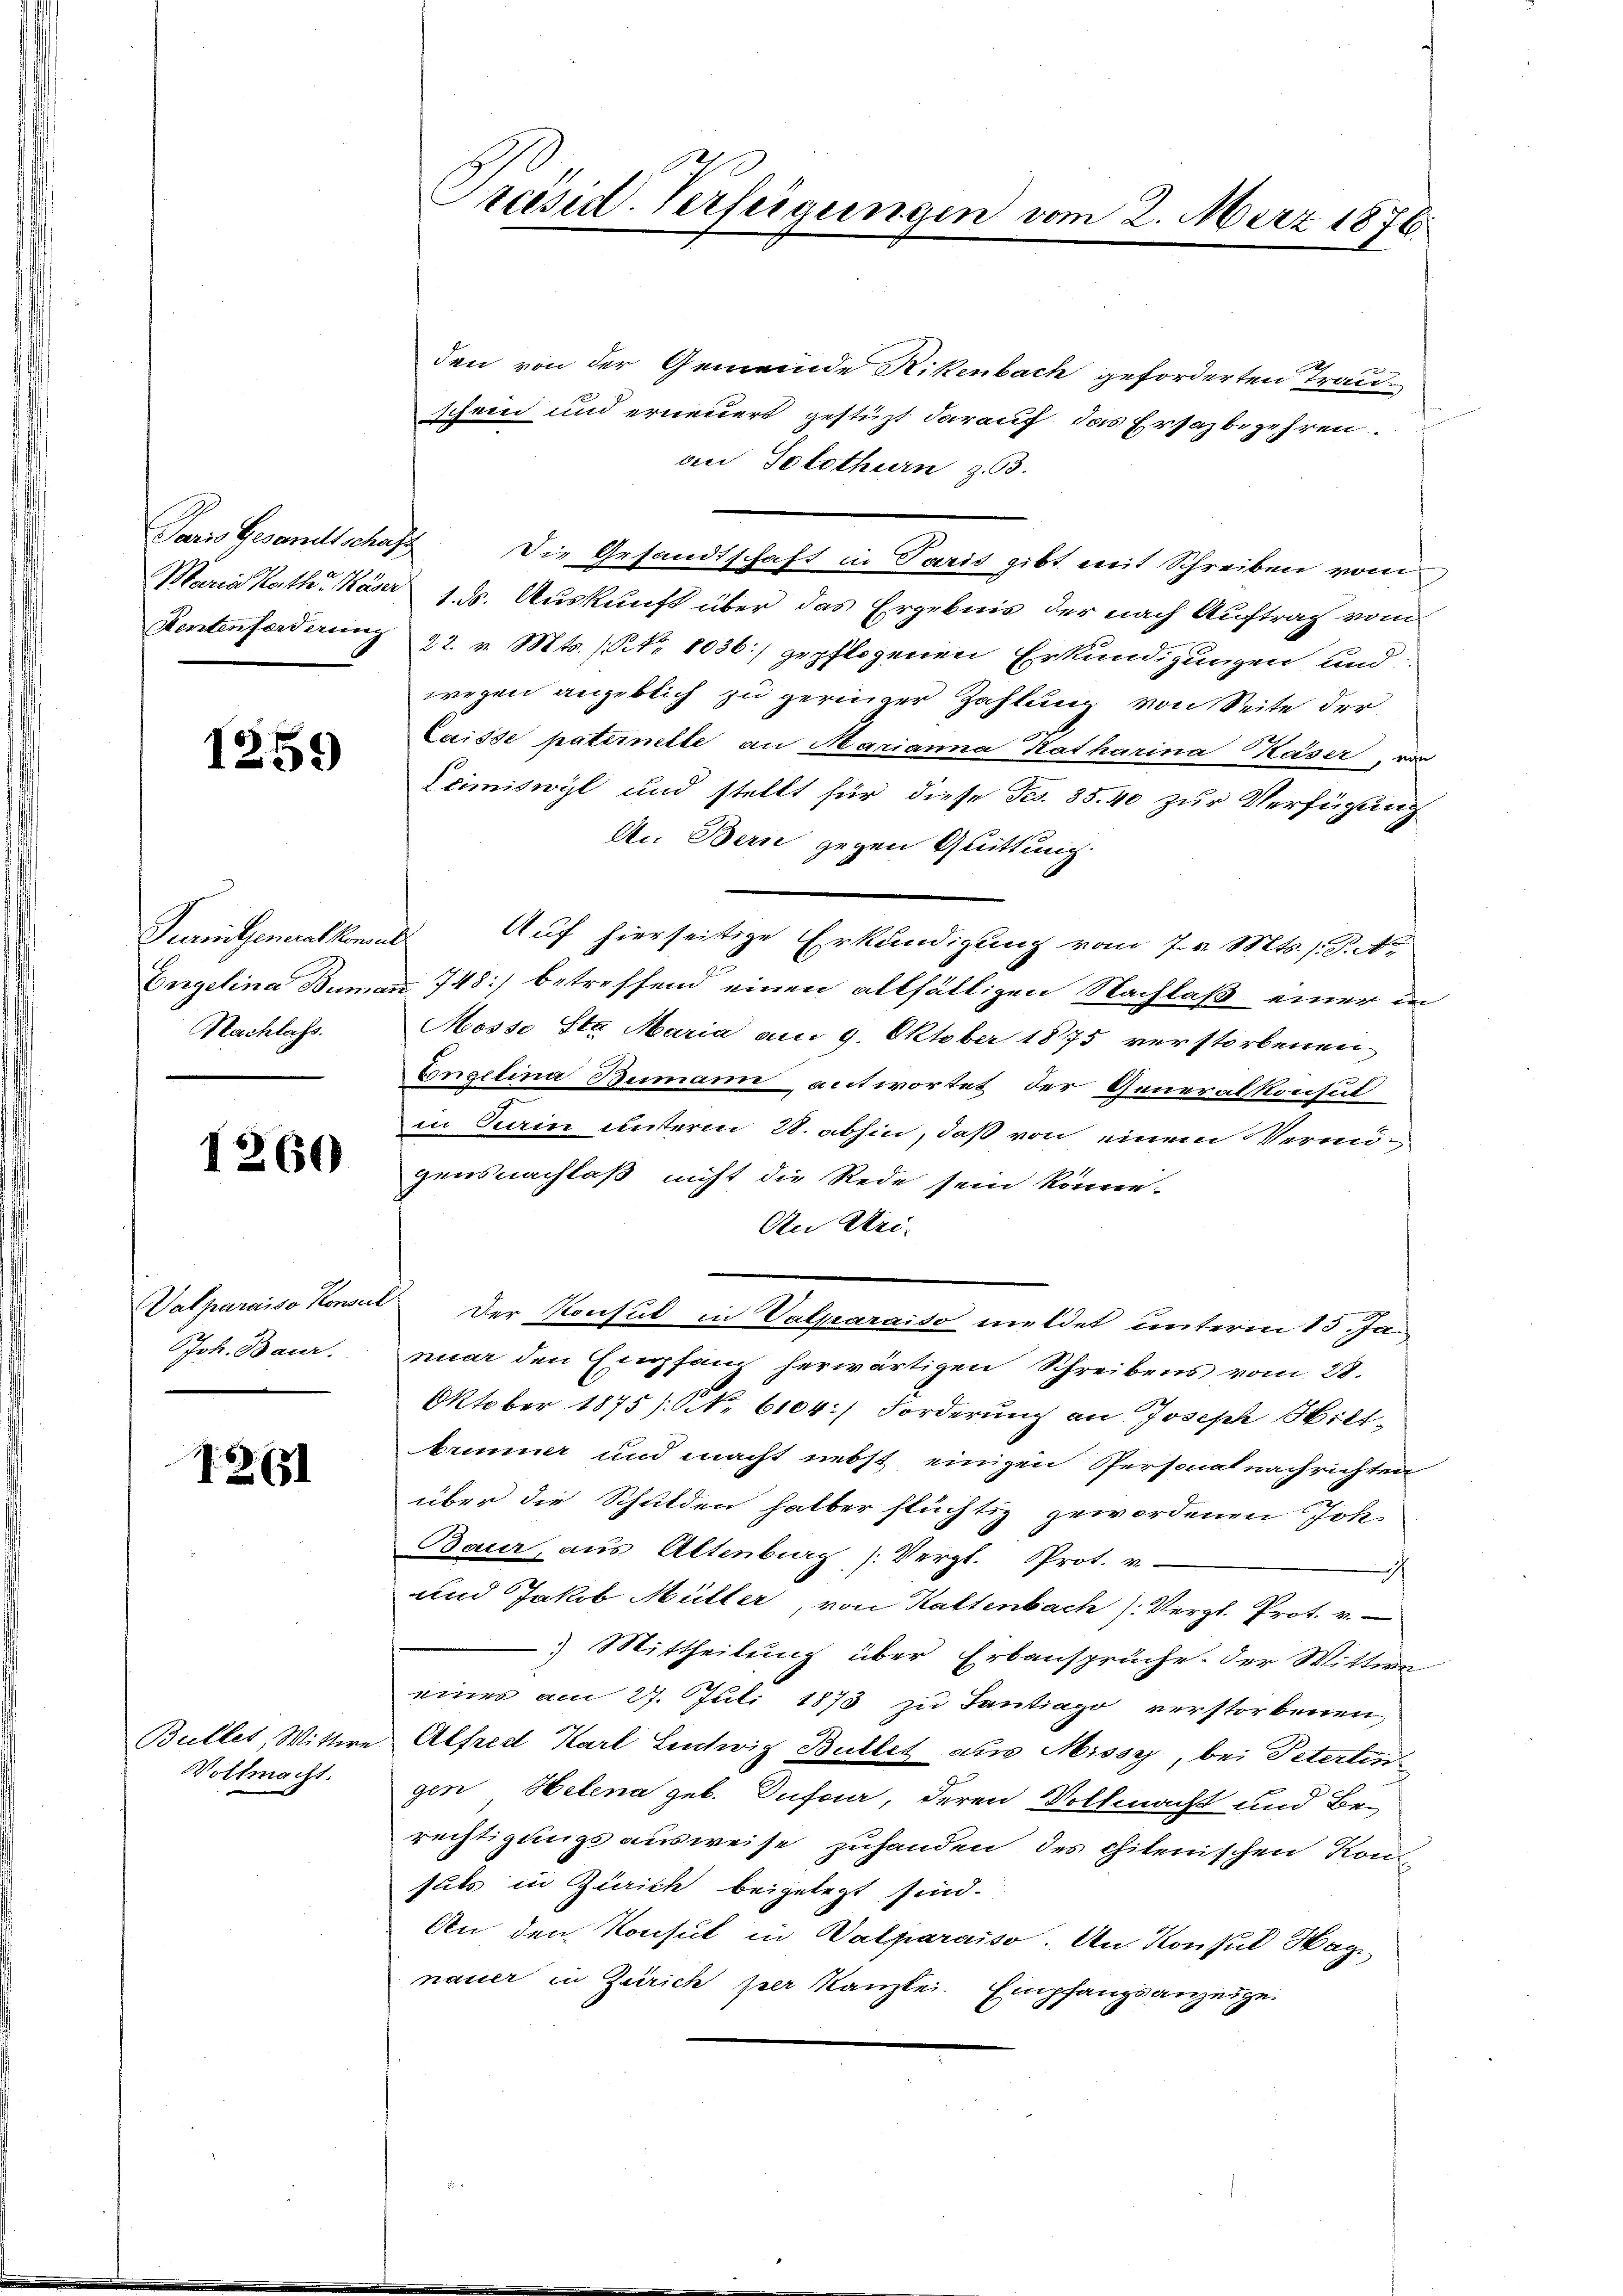
1259

Purni Generathemal
Nachlass.

1260

Vatparaiso Konsen
Joh. Baur.
.

12. 651

Vollmacht.

Preisid-Verfeigunge

den von der Gemeinde Rikenbach geforderten Trau-
schein und erneuert gestüzt darauf das Ersazbegehren.
an Solothurn z. 63.
Paris Gesandtschaft. Die Gesandtschaft in Paris gibt mit Schreiben vom
Maria Kath. Kaser 1. ds. Auskunft über das Ergebnis der nach Auftrag vom
Kentenforderung 22. v. Mts. (Nr. 8036:/ gepflogenen Erkundigungen und
wegen angeblich zu geringer Zahlung von Seite der
laisse paternette an Marianna Katharina Kaiser, vor
Leimiswyl und stellt für diese Fr. 35. 40 zur Verfügung
An Bern gegen Quittung.
Auf hierseitige Erkundigung vom 7. v. Mts. s. B. A
Engelina Bumani 748 betreffend einen allfälligen Nachlaß einer in
Mosso St. Maria am 9. Oktober 1875 verstorbenen
Congelina Bemann antwortet der Generalkonsul
in Kein unterm 28. abhin, daß von einem Vermigensnachlaß nicht die Rede sein könne.
An Mei-
 der Konsul in Valparniso meldet unterm 15. Januar den Empfang herwärtigen Schreibens vom 28.
Oktober 1875). S. 6104) Forderung an Joseph Wiltbrunner und macht nebst einigen Personalnachrichten
über die Schulden halber flüchtig gewordenen Joh.
Baur, aus Altenburg (Vergl. Prot. v.
h
und Jakob Müller, von Kaltenbach Vergl. Prot. v.
) Mittheilung über Erbansprüche. Der Wittwe
eines am 27. Juli 1873 zu Tantiago verstorbenen
Bullet, Wittwe Alfred Karl Lentwiz Bullet aus Missy, bei Peterten
gen Helena geb. Dufour, deren Vollmacht und Be-
rechtigungs ausweise zuhanden des chilenischen Konfuls in Zürich beigelegt sind.
An den Konsul in Walparaiso. An Konsul Hage
nauer in Zürich per Kanzlei. Empfangsanzeige

2. März 1876.